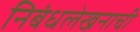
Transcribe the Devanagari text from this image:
निबंधलेखनाची